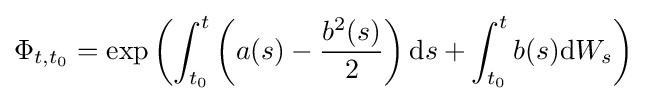
\Phi _{t,t_{0}}=\exp \left(\int _{t_{0}}^{t}\left(a(s)-{\frac {b^{2}(s)}{2}}\right)\mathrm {d} s+\int _{t_{0}}^{t}b(s)\mathrm {d} W_{s}\right)